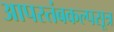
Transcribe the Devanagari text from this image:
आपस्तंबकल्पसूत्र